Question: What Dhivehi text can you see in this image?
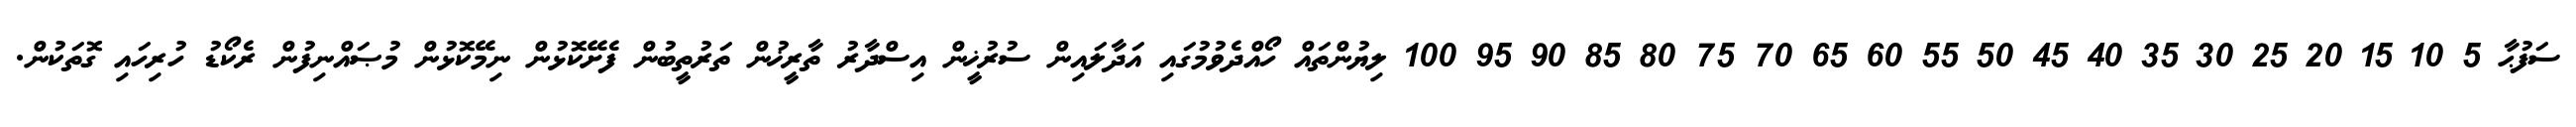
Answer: ސަފުޙާ 5 10 15 20 25 30 35 40 45 50 55 60 65 70 75 80 85 90 95 100 ލިޔުންތައް ހޯއްދެވުމުގައި އަދާލައިން ސުރުޚީން އިސްދާރު ތާރީޚުން ތަރުތީބުން ފެށޭކޮޅުން ނިމޭކޮޅުން މުޞައްނިފުން ރެކޯޑު ހުރިހައި ގޮތަކުން.